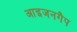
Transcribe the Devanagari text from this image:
आइजनगैप